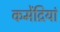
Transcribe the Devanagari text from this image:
कमेंद्रियां